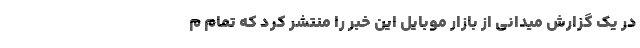
در یک گزارش میدانی از بازار موبایل این خبر را منتشر کرد که تمام م